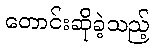
တောင်းဆိုခဲ့သည့်